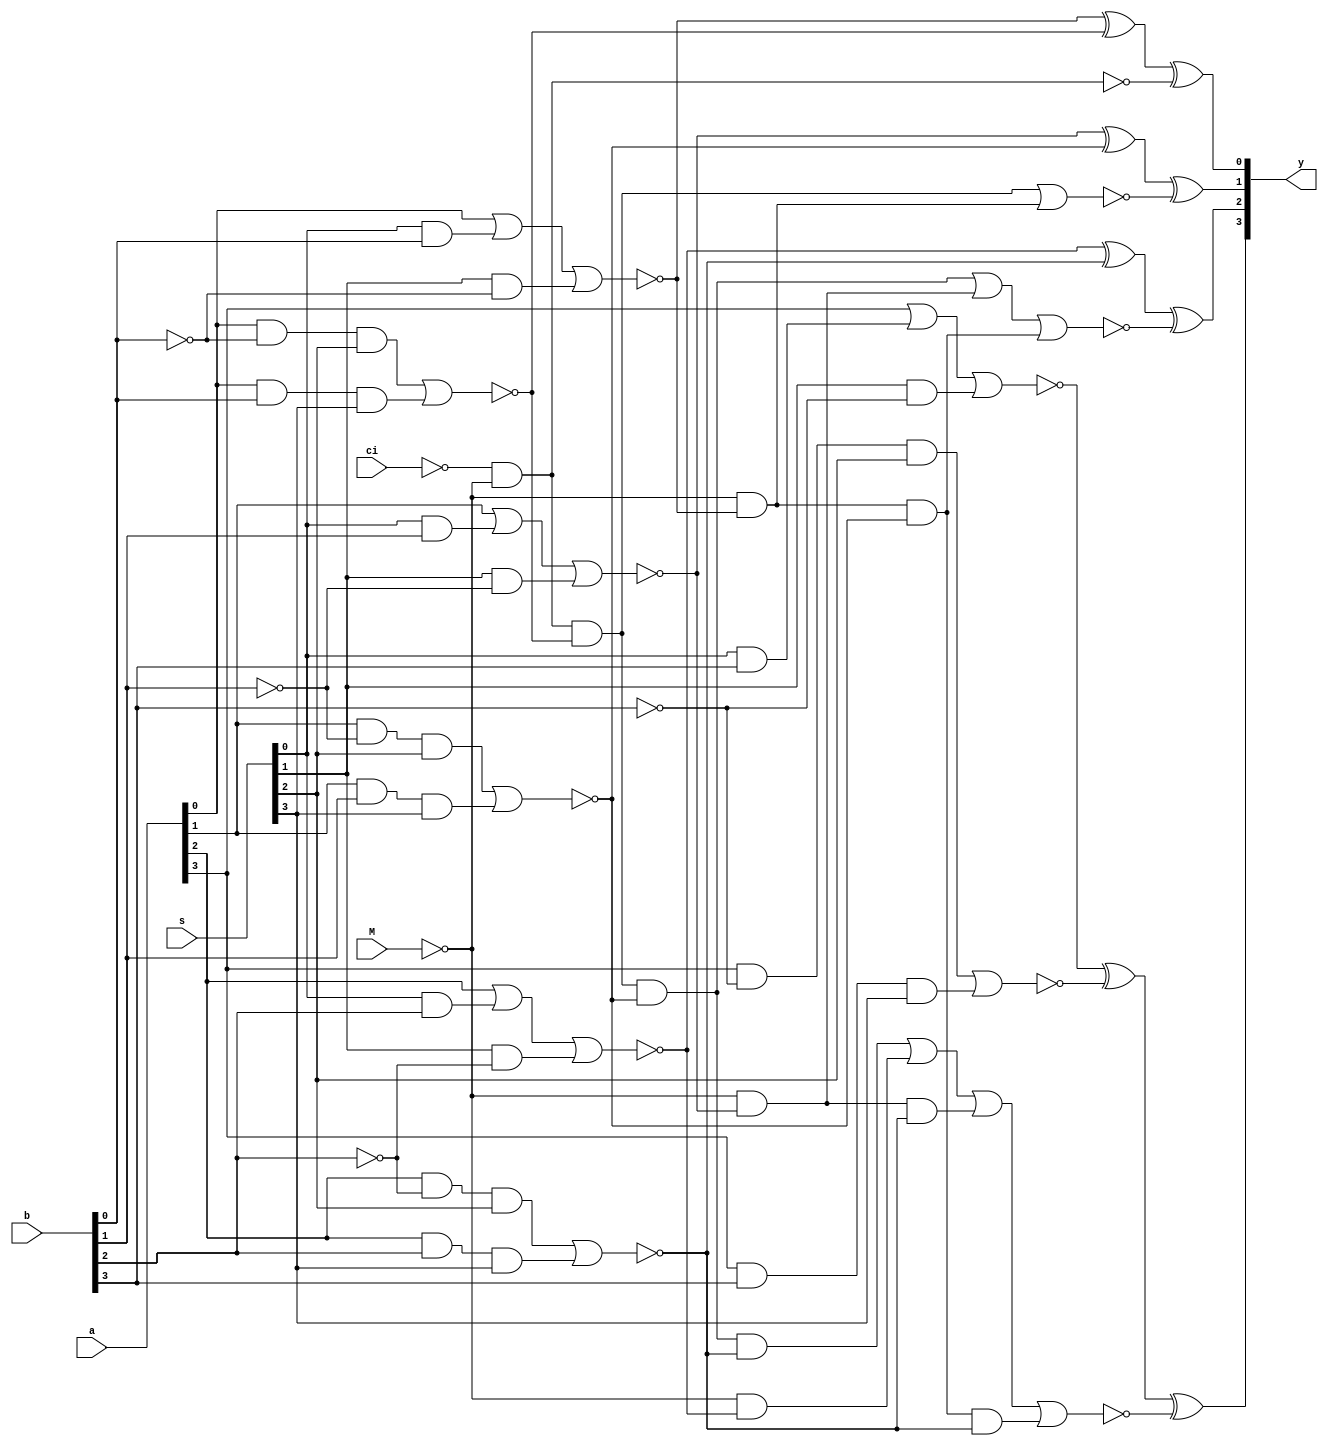
// See LICENSE.vyoma for details
module ALU(
  input [3:0]s,
  input ci, M,
  input [3:0] a, b,
  output reg [3:0] y
);

    reg [3:0] p, g;

    always @(*) begin

    p[0] <= ~(a[0] | (s[0] & b[0]) | (s[1] & ~b[0]));
    p[1] <= ~(a[1] | (s[0] & b[1]) | (s[1] & ~b[1]));
    p[2] <= ~(a[2] | (s[0] & b[2]) | (s[1] & ~b[2]));
    p[3] <= ~(a[3] | (s[0] & b[3]) | (s[1] & ~b[3]));

    g[0] <= ~((a[0] & ~b[0] & s[2]) | (a[0] & b[0] & s[3]));
    g[1] <= ~((a[1] & ~b[1] & s[2]) | (a[1] & b[1] & s[3]));
    g[2] <= ~((a[2] & ~b[2] & s[2]) | (a[2] & b[2] & s[3]));
    g[3] <= ~((a[3] & ~b[3] & s[2]) | (a[3] & b[3] & s[3]));

    y[0] = (p[0] ^ g[0]) ^ ~(~ci & ~M);
    y[1] = (p[1] ^ g[1]) ^ ~((~ci & ~M & g[0]) | (~M & p[0]));
    y[2] = (p[2] ^ g[2]) ^ ~((~ci & ~M & g[0] & g[1]) | (~M & p[1]) | (~M & p[0] & g[1]));
    y[3] = (p[3] ^ g[3]) ^ ~((~ci & ~M & g[0] & g[1] & g[2]) | (~M & p[2]) | (~M & p[1] & g[2]) | (~M & p[0] & g[1] & g[2]));
    end
endmodule